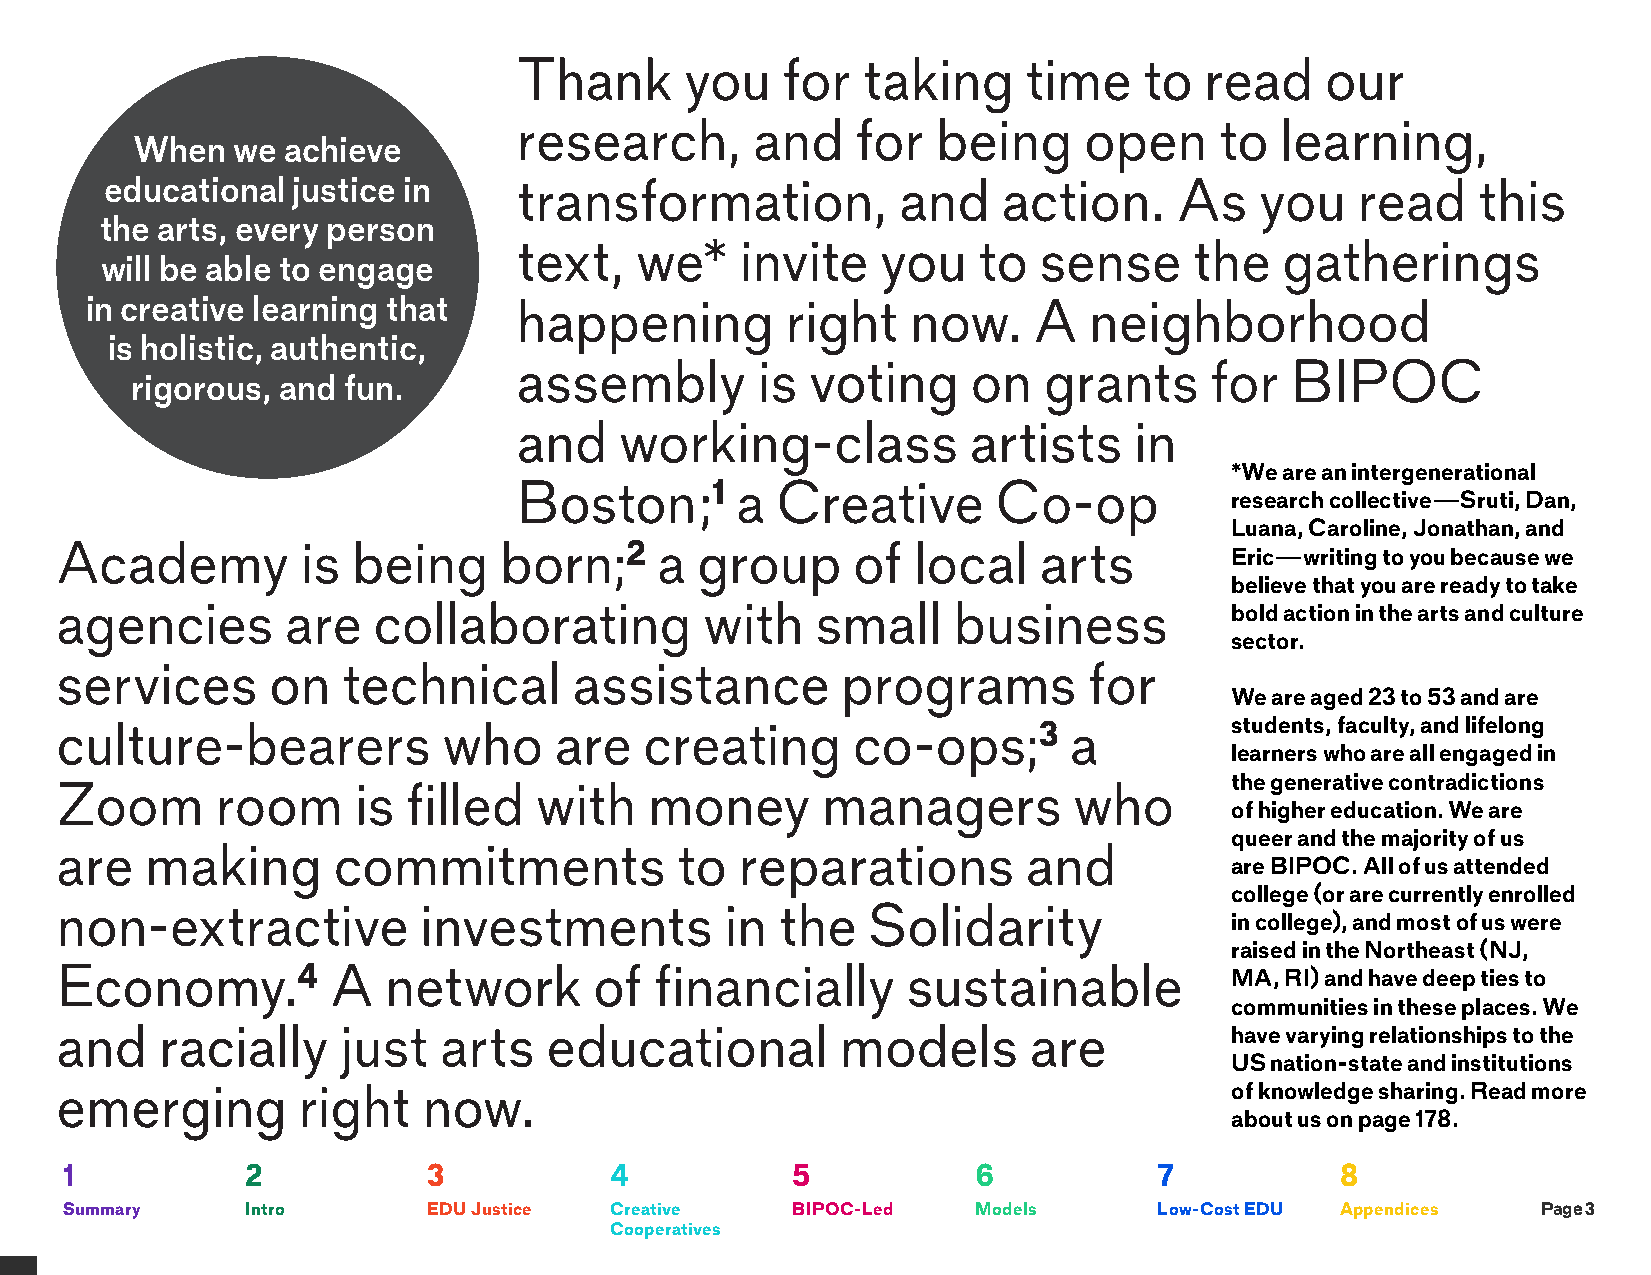
Thank      you    for  taking     time    to  read    our
 research,       and    for  being     open     to  learning,
 When  we  achieve
 educational justice in     transformation,          and    action.     As   you    read    this
 the arts, every person
 text,   we*    invite   you    to  sense     the   gatherings
 will be able to engage
 in creative learning that   happening         right   now.    A   neighborhood
 is holistic, authentic,
 assembly        is  voting    on   grants     for  BIPOC
 rigorous, and fun.
 and    working-class          artists    in
 *We are an intergenerational
 Boston;1       a Creative       Co-op
 research collective—Sruti, Dan,
 Luana, Caroline, Jonathan, and
 Academy         is being     born;2    a  group     of  local    arts
 Eric—writing to you because we
 believe that you are ready to take
 agencies       are   collaborating         with   small    business          bold action in the arts and culture
 sector.
 services      on   technical      assistance        programs        for
 We are aged 23 to 53 and are
 culture-bearers          who     are   creating     co-ops;3       a         students, faculty, and lifelong
 learners who are all engaged in
 the generative contradictions
 Zoom      room     is  filled  with    money      managers         who
 of higher education. We are
 queer and the majority of us
 are   making      commitments            to  reparations        and
 are BIPOC. All of us attended
 college (or are currently enrolled
 non-extractive          investments         in  the  Solidarity
 in college), and most of us were
 raised in the Northeast (NJ,
 Economy.4         A  network       of  financially      sustainable          MA, RI) and have deep ties to
 communities in these places. We
 and   racially     just  arts   educational         models      are          have varying relationships to the
 US nation-state and institutions
 emerging        right   now.                                                 of knowledge sharing. Read more
 about us on page 178.
 1           2           3           4           5            6           7           8
 Summary     Intro       EDU Justice Creative    BIPOC-Led    Models      Low-Cost EDU Appendices  Page 3
 Cooperatives